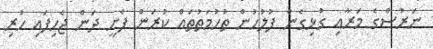
ނަރުސްގެ މަރާއި ގުޅިގެން ފުލުހުން ތުހުމަތުތައް ކުރަން ފެށީ ދަން ޖެހިފައި ހުރި